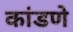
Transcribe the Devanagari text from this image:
कांडणे